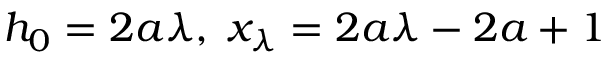
h _ { 0 } = 2 a \lambda , \; x _ { \lambda } = 2 a \lambda - 2 a + 1